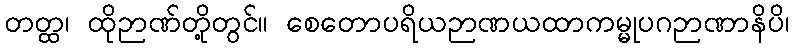
တတ္ထ၊ ထိုဉာဏ်တို့တွင်။ စေတောပရိယဉာဏယထာကမ္မုပဂဉာဏာနိပိ၊